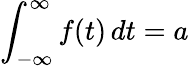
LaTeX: \int_{-\infty}^{\infty}f(t)\, dt=a